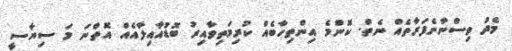
މެދު ވިސްނާނެފަރާތެއް ނެތް. ކޮންމެ އިންތިހާބެއް ކުރިމަތިވާއިރު ބޮޑުއާއިލާއެއް އޮތްނަ މަ ސިޔާސީ